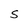
Character: S